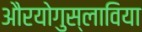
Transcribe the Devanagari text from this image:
औरयोगुस्लाविया